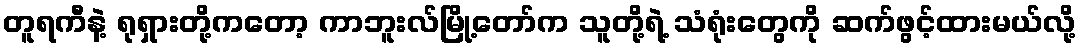
တူရကီနဲ့ ရုရှားတို့ကတော့ ကာဘူးလ်မြို့တော်က သူတို့ရဲ့ သံရုံးတွေကို ဆက်ဖွင့်ထားမယ်လို့